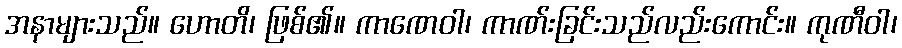
အနာများသည်။ ဟောတိ၊ ဖြစ်၏။ ကာဏေဝါ၊ ကာဏ်းခြင်းသည်လည်းကောင်း။ ကုဏီဝါ၊